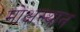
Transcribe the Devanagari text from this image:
मोक्षस्थान